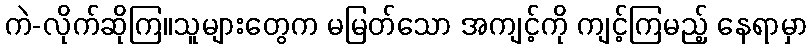
ကဲ-လိုက်ဆိုကြ။သူများတွေက မမြတ်သော အကျင့်ကို ကျင့်ကြမည့် နေရာမှာ